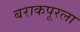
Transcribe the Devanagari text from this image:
बराकपूरला